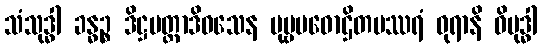
သံသုဒ္ဓါ ခန္ဓဉ္စ ဒိဋ္ဌမတ္တာဒိဝသေန ပုဗ္ဗမဓောဌိတမဿရံ ဓုရာနိ ဝိဗုဒ္ဓါ